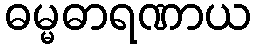
ဓမ္မဓာရဏာယ